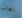
لفات